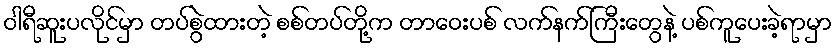
ဝါရီဆူးပလိုင်မှာ တပ်စွဲထားတဲ့ စစ်တပ်တို့က တာဝေးပစ် လက်နက်ကြီးတွေနဲ့ ပစ်ကူပေးခဲ့ရာမှာ